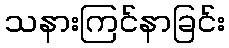
သနားကြင်နာခြင်း